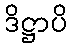
ဒိဋ္ဌာပိ